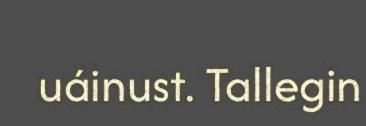
uáinust. Tallegin